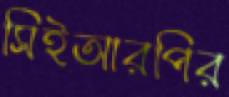
সিইআরপির